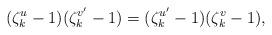
LaTeX: \begin{align*}(\zeta_k^u-1)(\zeta_k^{v'}-1)=(\zeta_k^{u'}-1)(\zeta_k^v-1),\end{align*}